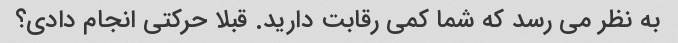
به نظر می رسد که شما کمی رقابت دارید. قبلا حرکتی انجام دادی؟